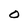
Character: O